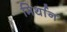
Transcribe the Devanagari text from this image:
मिर्थान